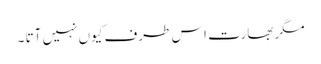
مگر بھارت اس طرف کیوں نہیں آتا ۔